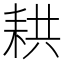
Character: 𦓳